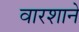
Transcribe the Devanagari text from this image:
वारशाने